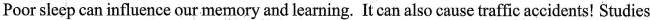
Poor sleep can influence our memory and learning. It can also cause traffic accidents! Studies